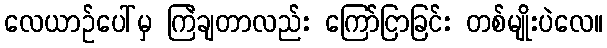
လေယာဉ်ပေါ်မှ ကြဲချတာလည်း ကြော်ငြာခြင်း တစ်မျိုးပဲလေ။